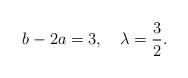
LaTeX: \begin{align*}b-2a =3, \quad \lambda=\frac{3}{2}.\end{align*}